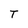
Character: T